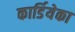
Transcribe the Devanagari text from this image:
कार्डियेका